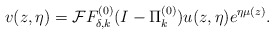
\begin{align*}v(z,\eta)=\mathcal{F}F^{(0)}_{\delta,k}(I-\Pi^{(0)}_k)u(z,\eta)e^{\eta\mu(z)}.\end{align*}